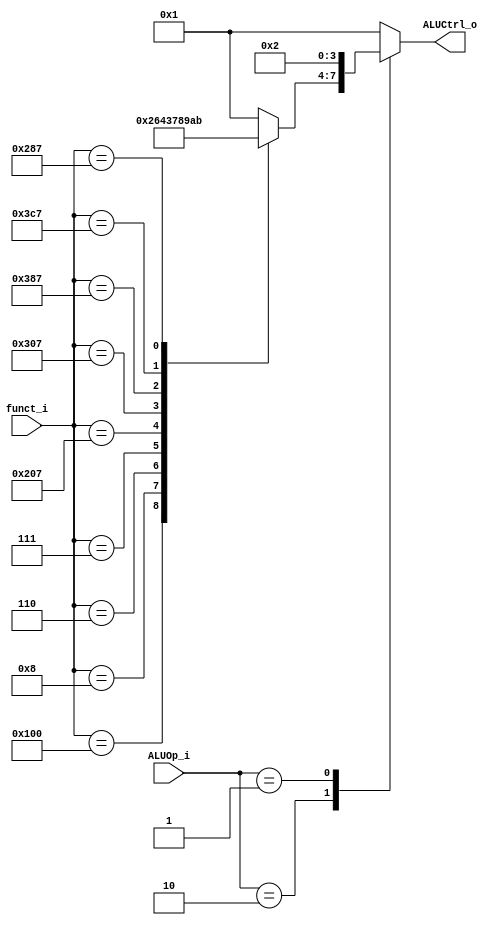
module ALU_Control(
    funct_i    ,
    ALUOp_i    ,
    ALUCtrl_o 
);

input [9:0] funct_i;    //funct7[9:3]+funct3[2:0]
input [1:0] ALUOp_i;    //00 for addi
output reg[3:0] ALUCtrl_o;

always@(*)begin

  case(ALUOp_i)

    2'b11 : begin
        ALUCtrl_o = 4'b0001;//add
    end

    2'b10 : begin
        case(funct_i)

            10'b0000000000 : begin
                ALUCtrl_o = 4'b0001;//add
            end
            10'b0100000000 : begin
                ALUCtrl_o = 4'b0010;//sub
            end
            10'b0000001000 : begin
                ALUCtrl_o = 4'b0110;//MUL
            end
            10'b0000000110 : begin
                ALUCtrl_o = 4'b0100;//OR
            end
            10'b0000000111 : begin
                ALUCtrl_o = 4'b0011;//AND
            end
            10'b1000000111 : begin
                ALUCtrl_o = 4'b0111;// Relu
            end
            10'b1100000111 : begin
                ALUCtrl_o = 4'b1000;// MaxPool
            end
            10'b1110000111 : begin
                ALUCtrl_o = 4'b1001;// FC
            end
            10'b1111000111 : begin
                ALUCtrl_o = 4'b1010;// Conv2d
            end
            10'b1010000111 : begin
                ALUCtrl_o = 4'b1011;// Batch Norm
            end
            default : begin
                ALUCtrl_o = 4'b0001;
            end
        endcase
    end

    2'b01 : begin //beq,ALU do subtraction
    ALUCtrl_o = 4'b0010;//sub
    end
    default : begin
        ALUCtrl_o = 4'b0001;
    end
endcase

end

endmodule
//not sure how to deal w/ ALUOp to o/p the corresponing code,
//stop by here